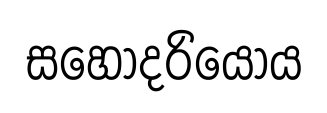
සහෝදරියෝය